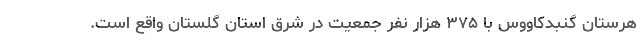
هرستان گنبدکاووس با ۳۷۵ هزار نفر جمعیت در شرق استان گلستان واقع است.